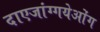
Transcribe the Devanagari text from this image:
दाएजांग्गयेओंग